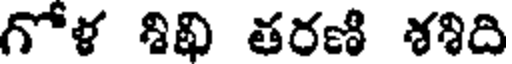
గోళ శివి తరణి శశిది